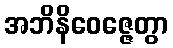
အဘိနိဝေဇ္ဇေတွာ